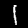
Label: 1